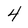
Character: 4